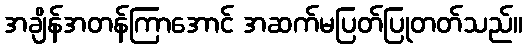
အချိန်အတန်ကြာအောင် အဆက်မပြတ်ပြုတတ်သည်။